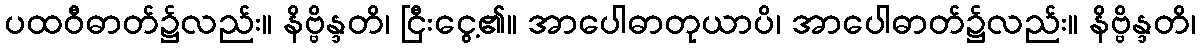
ပထဝီဓာတ်၌လည်း။ နိဗ္ဗိန္ဒတိ၊ ငြီးငွေ့၏။ အာပေါဓာတုယာပိ၊ အာပေါဓာတ်၌လည်း။ နိဗ္ဗိန္ဒတိ၊